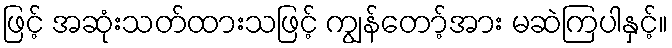
ဖြင့် အဆုံးသတ်ထားသဖြင့် ကျွန်တော့်အား မဆဲကြပါနှင့်။